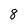
Character: 8